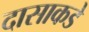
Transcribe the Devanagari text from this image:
दासाकडे